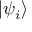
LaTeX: | \psi _ { i } \rangle